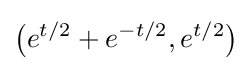
{\bigl (}e^{t/2}+e^{-t/2},e^{t/2}{\bigr )}